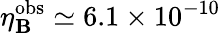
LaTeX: \eta_{\mathbf{B}}^{\mathrm{{obs}}}\simeq6.1\times10^{-10}